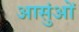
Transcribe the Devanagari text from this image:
आसुंओं